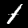
Digit: 1